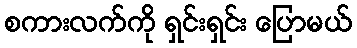
စကားလက်ကို ရှင်းရှင်း ပြောမယ်